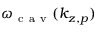
\omega _ { \mathrm { ~ c ~ a ~ v ~ } } ( k _ { z , p } )